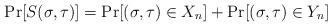
LaTeX: \begin{align*}\Pr[S(\sigma, \tau) ] = \Pr[(\sigma, \tau) \in X_n] + \Pr[(\sigma, \tau) \in Y_n] \end{align*}